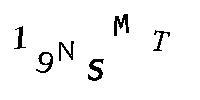
19NSMT